Lunatic asylums Punjab 1911-1921 - 1911-1921
Year: 1911
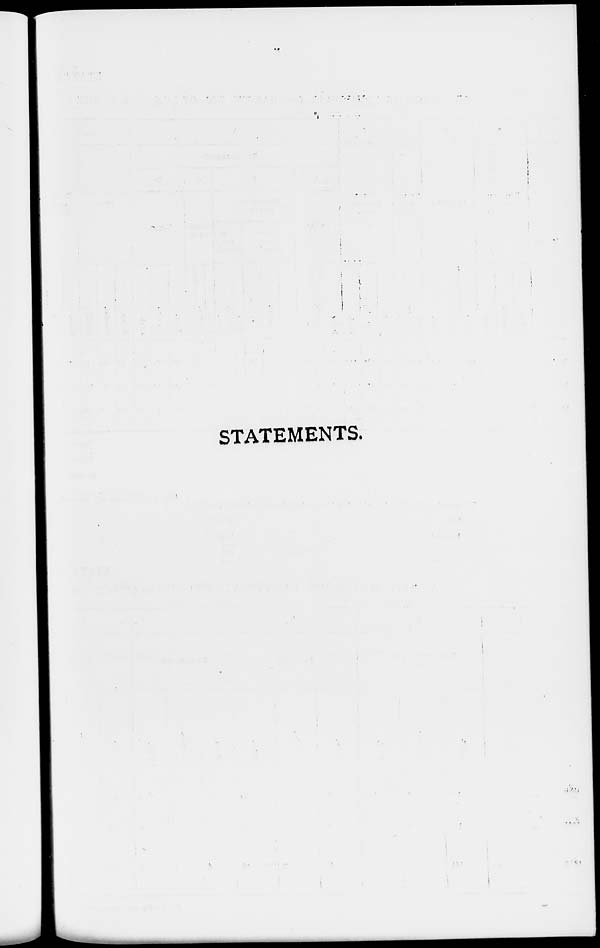
STATEMENTS.